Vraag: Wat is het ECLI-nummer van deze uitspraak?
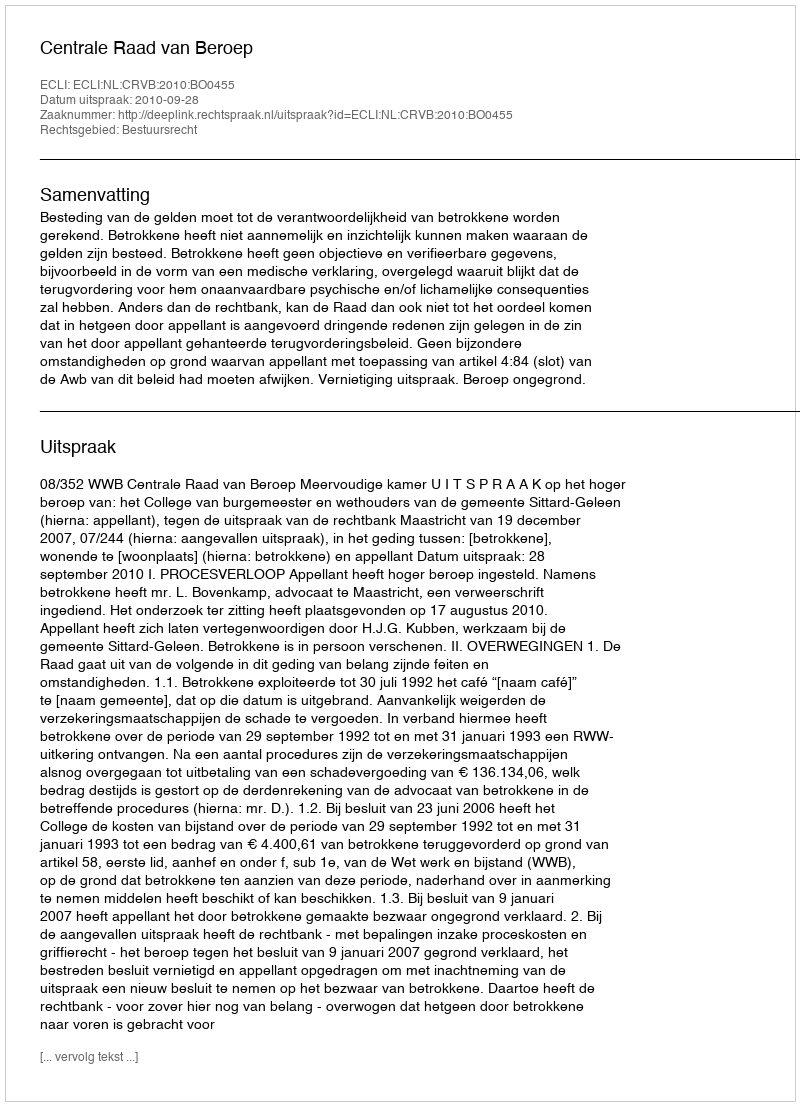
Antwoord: ECLI:NL:CRVB:2010:BO0455